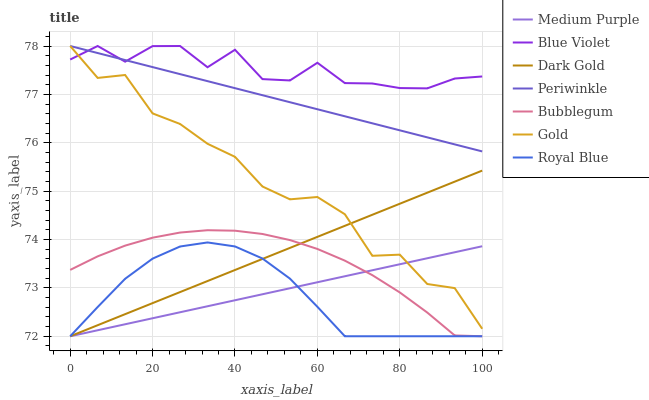
| xaxis_label | Medium Purple | Blue Violet | Dark Gold | Periwinkle | Bubblegum | Gold | Royal Blue |
 | --- | --- | --- | --- | --- | --- | --- | --- |
 | 0 | 72 | 77.7 | 72 | 78 | 73.4 | 78 | 72 |
 | 6.67 | 72.1 | 78 | 72.2 | 77.9 | 73.7 | 77.3 | 72.6 |
 | 13.3 | 72.2 | 77.7 | 72.5 | 77.7 | 73.9 | 77.4 | 73.2 |
 | 20 | 72.4 | 78 | 72.7 | 77.6 | 74 | 76.6 | 73.6 |
 | 26.7 | 72.5 | 78 | 72.9 | 77.4 | 74.1 | 76.4 | 73.9 |
 | 33.3 | 72.6 | 77.6 | 73.1 | 77.3 | 74.2 | 76 | 73.9 |
 | 40 | 72.7 | 77.9 | 73.4 | 77.1 | 74.2 | 75.7 | 73.9 |
 | 46.7 | 72.9 | 77.3 | 73.6 | 77 | 74.1 | 75.1 | 73.6 |
 | 53.3 | 73 | 77.3 | 73.8 | 76.8 | 74 | 74.8 | 73.2 |
 | 60 | 73.1 | 77.7 | 74.1 | 76.7 | 73.8 | 74.9 | 72.6 |
 | 66.7 | 73.2 | 77.2 | 74.3 | 76.5 | 73.6 | 74.5 | 72 |
 | 73.3 | 73.4 | 77.2 | 74.5 | 76.4 | 73.3 | 73.7 | 72 |
 | 80 | 73.5 | 77.1 | 74.7 | 76.3 | 72.9 | 73.7 | 72 |
 | 86.7 | 73.6 | 77.1 | 75 | 76.1 | 72.5 | 73.1 | 72 |
 | 93.3 | 73.7 | 77.3 | 75.2 | 76 | 72 | 73 | 72 |
 | 100 | 73.9 | 77.4 | 75.4 | 75.8 | 72 | 72.2 | 72 |